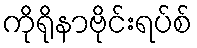
ကိုရိုနာဗိုင်းရပ်စ်